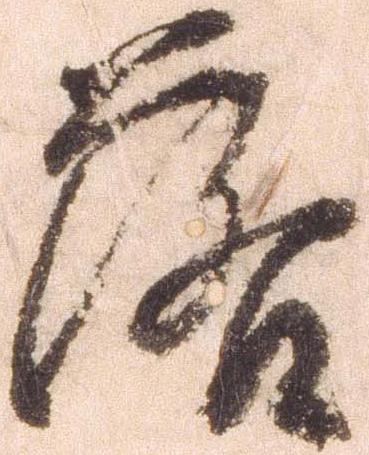
落